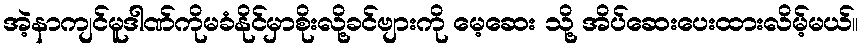
အဲ့နာကျင်မူဒါဏ်ကိုမခံနိုင်မှာစိုးလို့ခင်ဗျားကို မေ့ဆေး သို့ အိပ်ဆေးပေးထားလိမ့်မယ်။